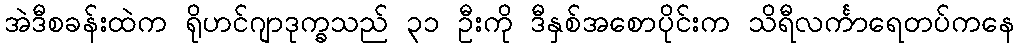
အဲဒီစခန်းထဲက ရိုဟင်ဂျာဒုက္ခသည် ၃၁ ဦးကို ဒီနှစ်အစောပိုင်းက သိရီလင်္ကာရေတပ်ကနေ